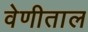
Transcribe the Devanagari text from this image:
वेणीताल